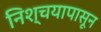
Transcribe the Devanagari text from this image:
निश्चयापासून